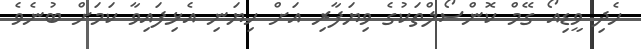
ހެދި ވީޑިއޯ ގޭމް ކޮންސޯލްތަކުގެ ވިޔަފާރި އަށް ހިޔަނި އެޅިފައިވާ ކަމަށް ބުނެވެ